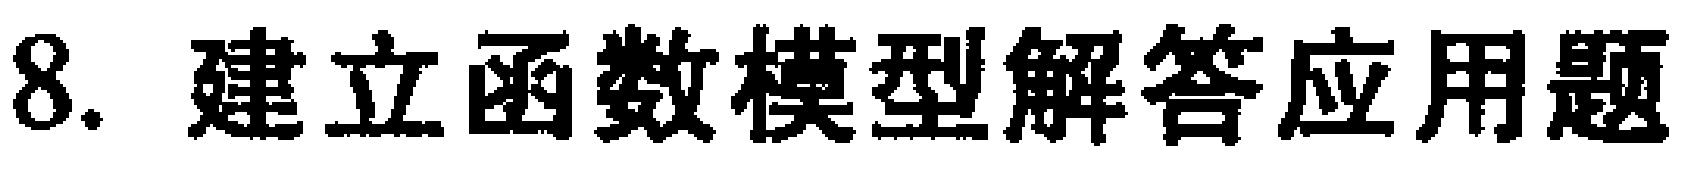
8. 建立函数模型解答应用题